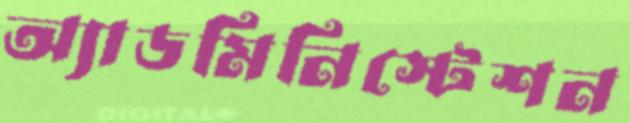
অ্যাডমিনিস্টেশন